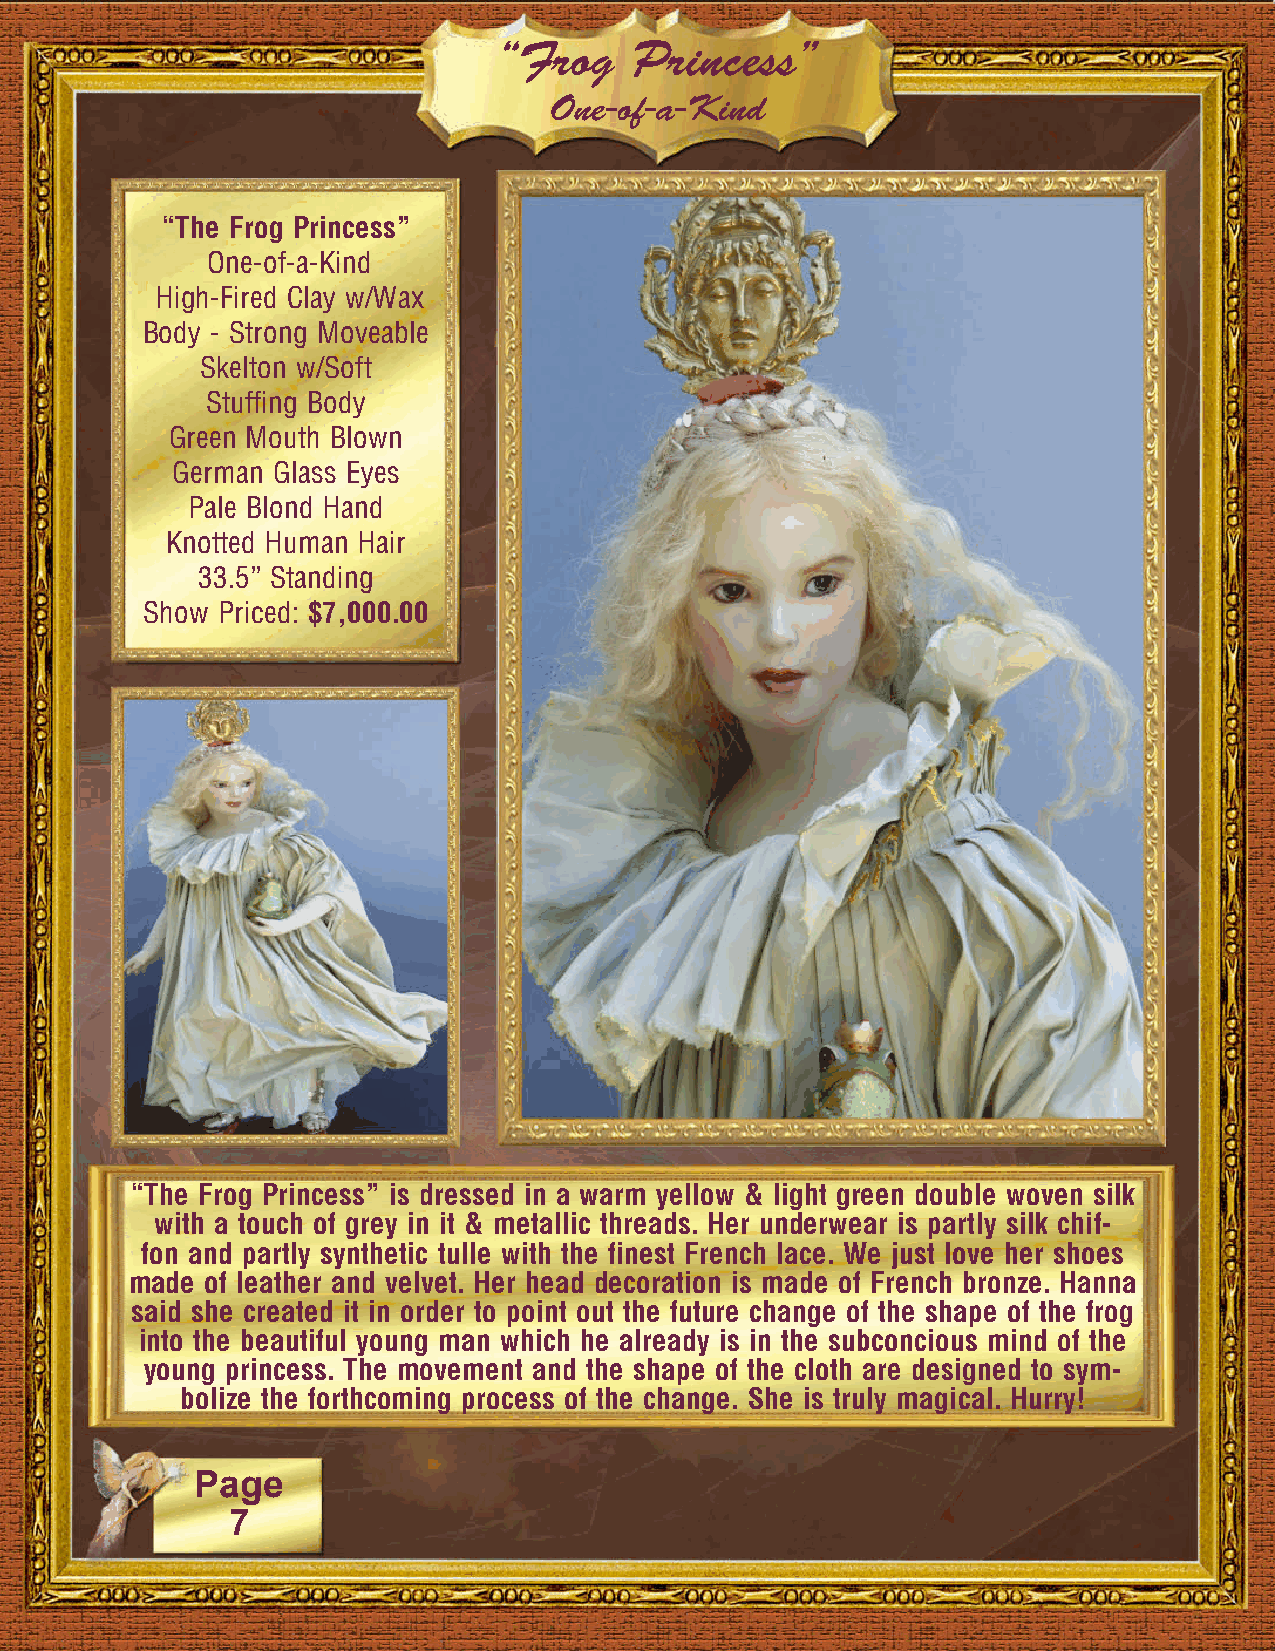
“Frog    Princess”
 One-of-a-Kind
 “The Frog Princess”
 One-of-a-Kind
 High-Fired Clay w/Wax
 Body - Strong Moveable
 Skelton w/Soft
 Stuffing Body
 Green Mouth Blown
 German Glass Eyes
 Pale Blond Hand
 Knotted Human Hair
 33.5” Standing
 Show Priced: $7,000.00
 “The Frog Princess” is dressed in a warm yellow & light green double woven silk
 with a touch of grey in it & metallic threads. Her underwear is partly silk chif-
 fon and partly synthetic tulle with the finest French lace. We just love her shoes
 made of leather and velvet. Her head decoration is made of French bronze. Hanna
 said she created it in order to point out the future change of the shape of the frog
 into the beautiful young man which he already is in the subconcious mind of the
 young princess. The movement and the shape of the cloth are designed to sym-
 bolize the forthcoming process of the change. She is truly magical. Hurry!
 Page
 7